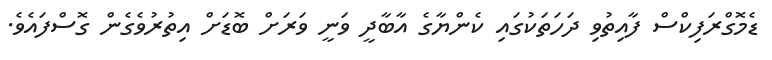
ޑެމޮގްރަފިކްސް ފާއިތުވި ދަހަތަކުގައި ކެންޔާގެ އާބާދީ ވަނީ ވަރަށް ބޮޑަށް އިތުރުވެގެން ގޮސްފައެވެ.